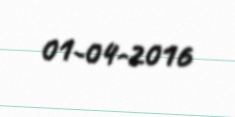
01-04-2016